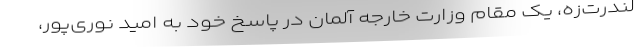
لندرت‌زه‌، یک مقام وزارت خارجه آلمان در پاسخ خود به امید نوری‌پور،